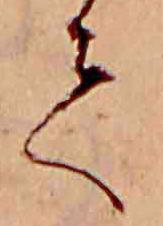
て